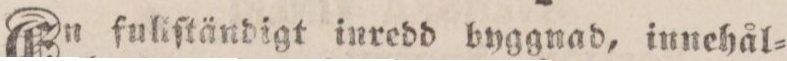
En fuliſtändigt inredd byggnad, innehål=